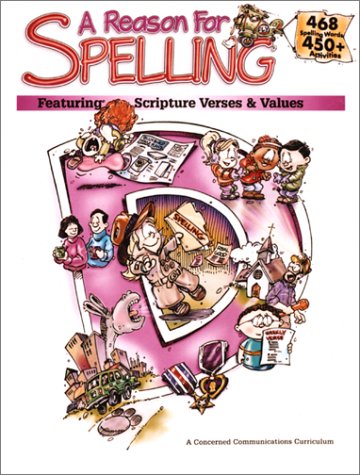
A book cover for A Reason for Spelling - Level D: Student Workbook; Rebecca Burton; Reference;